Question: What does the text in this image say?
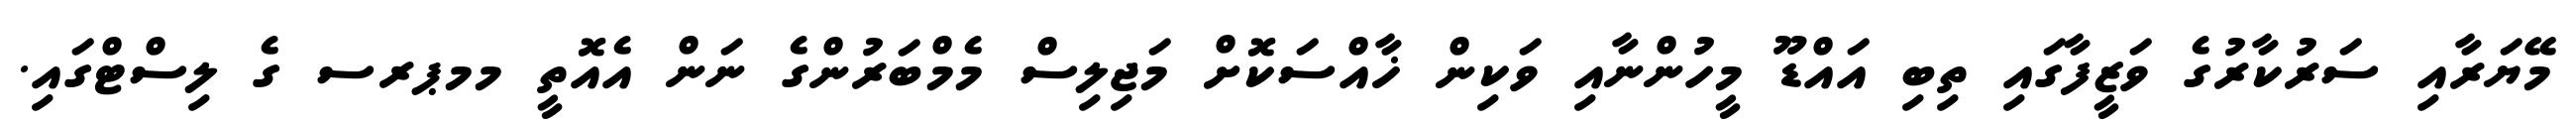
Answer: މޭޔަރާއި ސަރުކާރުގެ ވަޒީފާގައި ތިބި އައްޑޫ މީހުންނާއި ވަކިން ޚާއްސަކޮށް މަޖިލިސް މެމްބަރުންގެ ނަން އެއޮތީ މމޕރސ ގެ ލިސްޓްގައި.